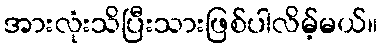
အားလုံးသိပြီးသားဖြစ်ပါလိမ့်မယ်။